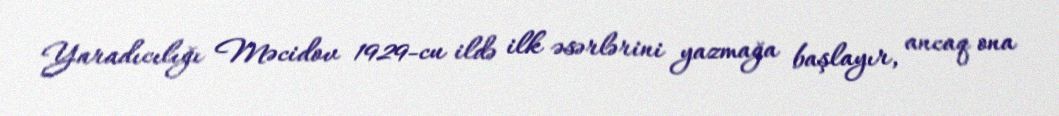
Yaradıcılığı Məcidov 1929-cu ildə ilk əsərlərini yazmağa başlayır, ancaq ona